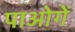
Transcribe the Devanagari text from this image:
पाओगें